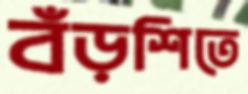
বঁড়শিতে